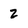
Character: z